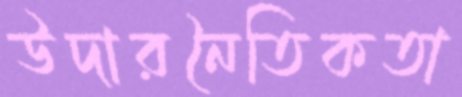
উদারনৈতিকতা